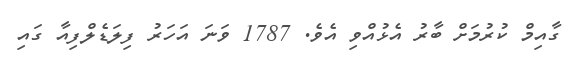
ގާއިމް ކުރުމަށް ބާރު އެޅުއްވި އެވެ. 1787 ވަނަ އަހަރު ފިލަޑެލްފިއާ ގައި